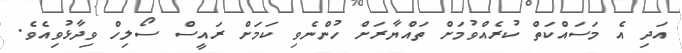
އަދި އެ މަސައްކަތް ކުރެއްވުމަށް ތައްޔާރަށް ހުންނެވި ކަމަށް ރައީސް ސޯލިހް ވިދާޅުވިއެވެ.